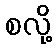
စလို့